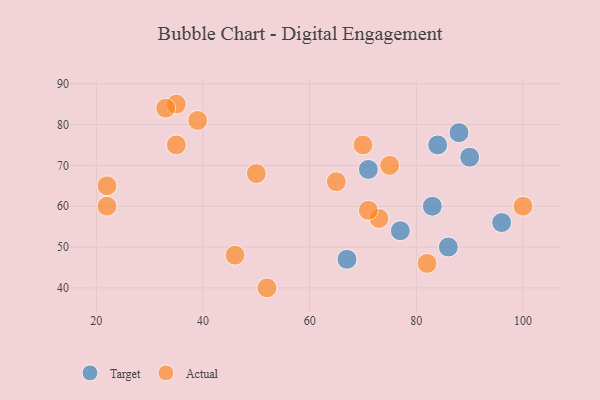
{"axis": {"x": "GDP", "y": "Life Expectancy"}, "legend": ["Actual", "Target"], "data": [{"x": "86", "y": 50, "type": "Target"}, {"x": "96", "y": 56, "type": "Target"}, {"x": "67", "y": 47, "type": "Target"}, {"x": "71", "y": 69, "type": "Target"}, {"x": "84", "y": 75, "type": "Target"}, {"x": "88", "y": 78, "type": "Target"}, {"x": "83", "y": 60, "type": "Target"}, {"x": "90", "y": 72, "type": "Target"}, {"x": "77", "y": 54, "type": "Target"}, {"x": "35", "y": 85, "type": "Actual"}, {"x": "70", "y": 75, "type": "Actual"}, {"x": "22", "y": 65, "type": "Actual"}, {"x": "73", "y": 57, "type": "Actual"}, {"x": "50", "y": 68, "type": "Actual"}, {"x": "46", "y": 48, "type": "Actual"}, {"x": "39", "y": 81, "type": "Actual"}, {"x": "35", "y": 75, "type": "Actual"}, {"x": "100", "y": 60, "type": "Actual"}, {"x": "82", "y": 46, "type": "Actual"}, {"x": "52", "y": 40, "type": "Actual"}, {"x": "71", "y": 59, "type": "Actual"}, {"x": "65", "y": 66, "type": "Actual"}, {"x": "33", "y": 84, "type": "Actual"}, {"x": "75", "y": 70, "type": "Actual"}, {"x": "22", "y": 60, "type": "Actual"}]}